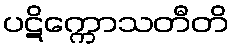
ပဋိက္ကောသတီတိ